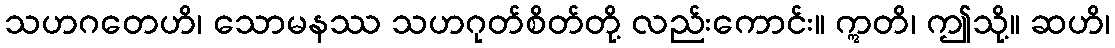
သဟဂတေဟိ၊ သောမနဿ သဟဂုတ်စိတ်တို့ လည်းကောင်း။ ဣတိ၊ ဤသို့။ ဆဟိ၊